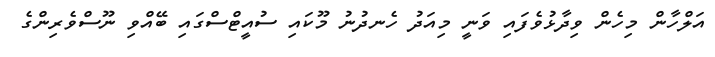
އަލްހާން މިހެން ވިދާޅުވެފައި ވަނީ މިއަދު ހެނދުނު މޫކައި ސުއީޓްސްގައި ބޭއްވި ނޫސްވެރިންގެ